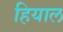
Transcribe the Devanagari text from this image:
हियाल